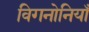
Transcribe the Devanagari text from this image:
विगनोनियाँ